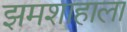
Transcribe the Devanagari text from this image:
झमशाहाला